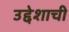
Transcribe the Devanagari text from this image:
उद्देशाची